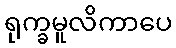
ရုက္ခမူလိကာပေ